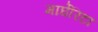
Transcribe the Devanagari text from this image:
मार्घेरिटा